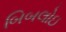
બિબલોઇ